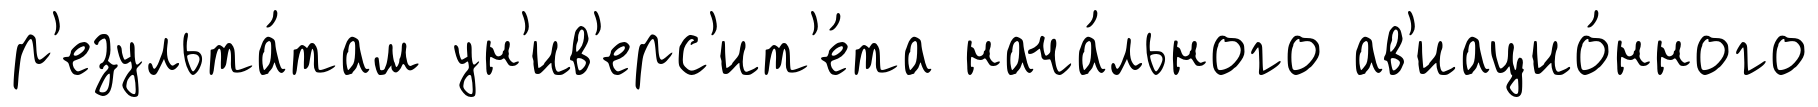
р'езульта́там ун'ив'ерс'ит'е́та нача́льного ав'иацио́нного